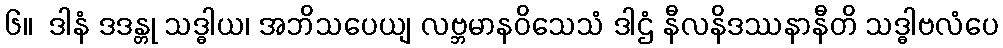
၆။  ဒါနံ ဒဒန္တု သဒ္ဓါယ၊ အဘိသပေယျ လဗ္ဘမာနဝိသေသံ ဒါဌံ နီလနိဒဿနာနီတိ သဒ္ဓါဗလံပေ